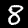
Digit: 8